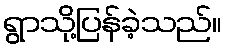
ရွာသို့ပြန်ခဲ့သည်။